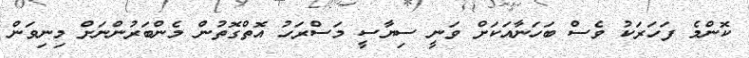
ކޮންމެ ފަހަރަކު ވެސް ބަހަނާއަކަށް ވަނީ ސިޔާސީ މަސްރަހު އޮތްގޮތުން މެންބަރުންނަށް މިނިވަން